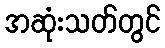
အဆုံးသတ်တွင်